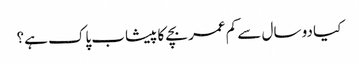
کیا دو سال سے کم عمر بچے کا پیشاب پاک ہے؟